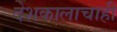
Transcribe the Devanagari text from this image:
देशकालाचाही